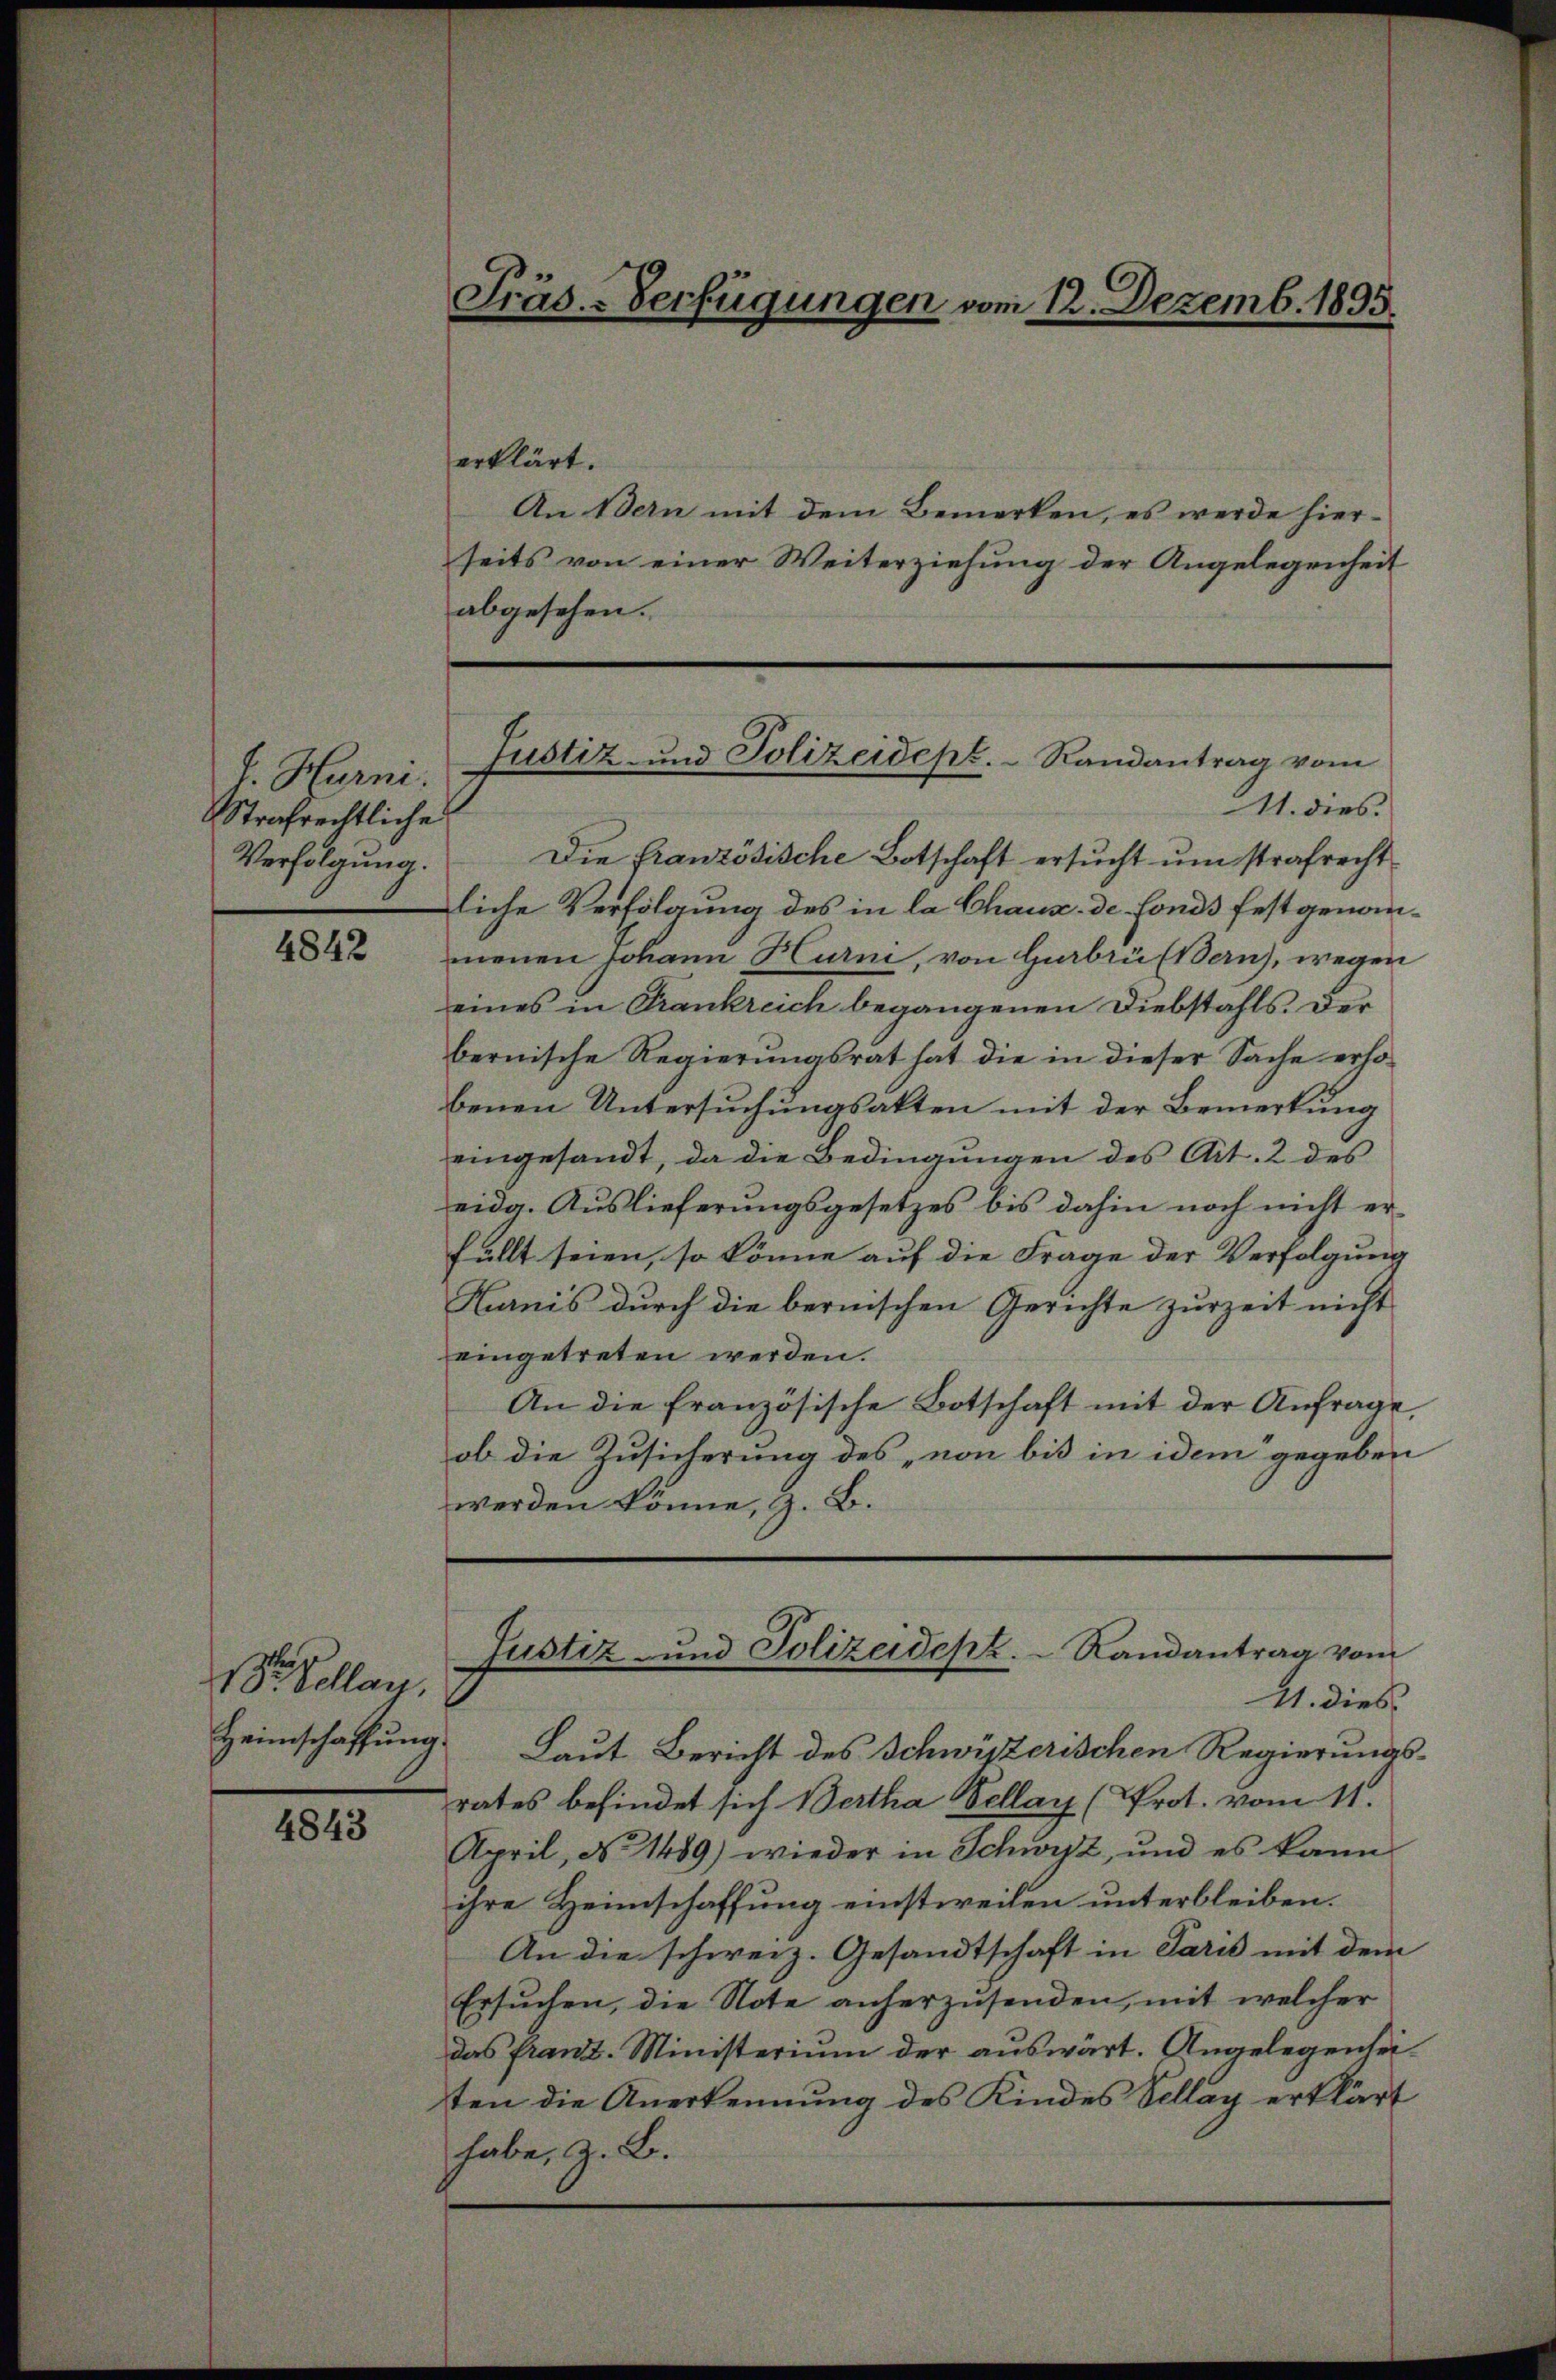
f. Hurni.
Strafrechtliche

4842

18. Sellay.
Heimschaffung.

4843

erklärt.
An Bern mit dem Bemerken, es werde hier-
seits von einer Weiterziehung der Angelegenheit
abgesehen.
11. dies
Verfolgŭng. Die französische Botschaft ersucht um strafrecht
liche Verfolgung des in la Chaux de fonds festgenommenen Johann Hurni, von Gabri (Bern), wegen
eines in Frankreich begangenen Diebstahls. Der
bernische Regierungsrat hat die in dieser Sache erhobenen Untersuchungsakten mit der Bemerkung
eingesandt, da die Bedingungen des Art. 2 des
eidg. Auslieferungsgesetzes bis dahin noch nicht erfüllt seien, so könne auf die Frage der Verfolgung
Hanis durch die bernischen Gerichte zurzeit nicht
eingetreten werden.
An die französische Botschaft mit der Anfrage,
ob die Zusicherung des „von bis in idem gegeben
werden könne, z. B.
Justiz- und Polizeidept.   Randantrag vom
41. dies
Laut Bericht des Schwisterischen Regierungsrates befindet sich Bertha Bellay (Prot. vom 11.
April, No 1489) wieder in Schwyz, und es kann
ihre Heimschaffung einstweilen unterbleiben.
An die schweiz. Gesandtschaft in Paris mit dem
Ersuchen, die Note anherzusenden, mit welcher
das franz. Ministerium der auswärt. Angelegenheiten die Anerkennung des Kindes Schlag erklärt
habe, z. B.

Präs.-Verfügungen vom 12. Dezemb. 1895

Justiz- und Polizeidept. Randantrag vom